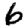
Digit: 6